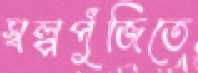
স্বল্পপুঁজিতে